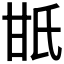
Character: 𤯄